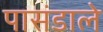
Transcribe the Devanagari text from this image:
पासंडाले